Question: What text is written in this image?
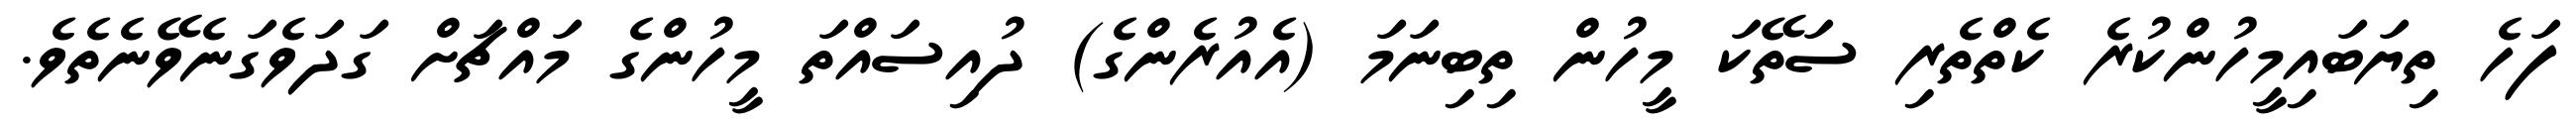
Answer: ފަހެ ތިޔަބައިމީހުންކުރެ ކެތްތެރި ސަތޭކަ މީހުން ތިބިނަމަ (އެއުރެންގެ) ދުއިސައްތަ މީހުންގެ މައްޗަށް ގަދަވެގަނެވޭނެތެވެ.